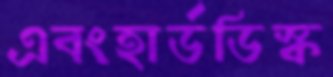
এবংহার্ডডিস্ক